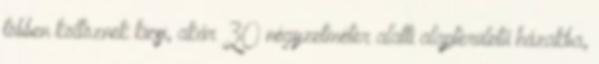
többen költöznek kicsi, akár 30 négyzetméter alatti alapterületű házakba,